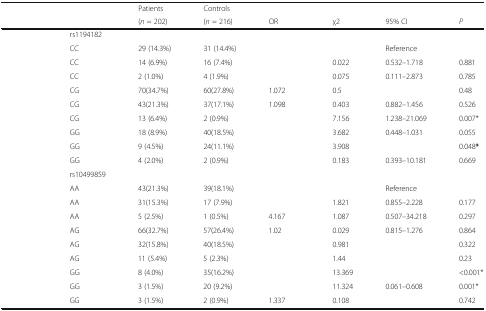
<table><thead><tr><td colspan="2" rowspan="2">[EMPTY_CELL]</td><td><b>Patients</b></td><td><b>Controls</b></td><td>[EMPTY_CELL]</td><td>[EMPTY_CELL]</td><td>[EMPTY_CELL]</td><td>[EMPTY_CELL]</td></tr><tr><td><b>(<i>n</i> = 202)</b></td><td><b>(<i>n</i> = 216)</b></td><td><b>OR</b></td><td><b>χ2</b></td><td><b>95% CI</b></td><td><b><i>P</i></b></td></tr></thead><tbody><tr><td>[EMPTY_CELL]</td><td>rs1194182</td><td colspan="6">[EMPTY_CELL]</td></tr><tr><td>[EMPTY_CELL]</td><td>CC</td><td>29 (14.3%)</td><td>31 (14.4%)</td><td>[EMPTY_CELL]</td><td>[EMPTY_CELL]</td><td>Reference</td><td>[EMPTY_CELL]</td></tr><tr><td>[EMPTY_CELL]</td><td>CC</td><td>14 (6.9%)</td><td>16 (7.4%)</td><td>[EMPTY_CELL]</td><td>0.022</td><td>0.532–1.718</td><td>0.881</td></tr><tr><td>[EMPTY_CELL]</td><td>CC</td><td>2 (1.0%)</td><td>4 (1.9%)</td><td>[EMPTY_CELL]</td><td>0.075</td><td>0.111–2.873</td><td>0.785</td></tr><tr><td>[EMPTY_CELL]</td><td>CG</td><td>70(34.7%)</td><td>60(27.8%)</td><td>1.072</td><td>0.5</td><td>[EMPTY_CELL]</td><td>0.48</td></tr><tr><td>[EMPTY_CELL]</td><td>CG</td><td>43(21.3%)</td><td>37(17.1%)</td><td>1.098</td><td>0.403</td><td>0.882–1.456</td><td>0.526</td></tr><tr><td>[EMPTY_CELL]</td><td>CG</td><td>13 (6.4%)</td><td>2 (0.9%)</td><td>[EMPTY_CELL]</td><td>7.156</td><td>1.238–21.069</td><td>0.007*</td></tr><tr><td>[EMPTY_CELL]</td><td>GG</td><td>18 (8.9%)</td><td>40(18.5%)</td><td>[EMPTY_CELL]</td><td>3.682</td><td>0.448–1.031</td><td>0.055</td></tr><tr><td>[EMPTY_CELL]</td><td>GG</td><td>9 (4.5%)</td><td>24(11.1%)</td><td>[EMPTY_CELL]</td><td>3.908</td><td>[EMPTY_CELL]</td><td>0.048<b>*</b></td></tr><tr><td>[EMPTY_CELL]</td><td>GG</td><td>4 (2.0%)</td><td>2 (0.9%)</td><td>[EMPTY_CELL]</td><td>0.183</td><td>0.393–10.181</td><td>0.669</td></tr><tr><td>[EMPTY_CELL]</td><td>rs10499859</td><td colspan="6">[EMPTY_CELL]</td></tr><tr><td>[EMPTY_CELL]</td><td>AA</td><td>43(21.3%)</td><td>39(18.1%)</td><td>[EMPTY_CELL]</td><td>[EMPTY_CELL]</td><td>Reference</td><td>[EMPTY_CELL]</td></tr><tr><td>[EMPTY_CELL]</td><td>AA</td><td>31(15.3%)</td><td>17 (7.9%)</td><td>[EMPTY_CELL]</td><td>1.821</td><td>0.855–2.228</td><td>0.177</td></tr><tr><td>[EMPTY_CELL]</td><td>AA</td><td>5 (2.5%)</td><td>1 (0.5%)</td><td>4.167</td><td>1.087</td><td>0.507–34.218</td><td>0.297</td></tr><tr><td>[EMPTY_CELL]</td><td>AG</td><td>66(32.7%)</td><td>57(26.4%)</td><td>1.02</td><td>0.029</td><td>0.815–1.276</td><td>0.864</td></tr><tr><td>[EMPTY_CELL]</td><td>AG</td><td>32(15.8%)</td><td>40(18.5%)</td><td>[EMPTY_CELL]</td><td>0.981</td><td>[EMPTY_CELL]</td><td>0.322</td></tr><tr><td>[EMPTY_CELL]</td><td>AG</td><td>11 (5.4%)</td><td>5 (2.3%)</td><td>[EMPTY_CELL]</td><td>1.44</td><td>[EMPTY_CELL]</td><td>0.23</td></tr><tr><td>[EMPTY_CELL]</td><td>GG</td><td>8 (4.0%)</td><td>35(16.2%)</td><td>[EMPTY_CELL]</td><td>13.369</td><td>[EMPTY_CELL]</td><td>&lt;0.001*</td></tr><tr><td>[EMPTY_CELL]</td><td>GG</td><td>3 (1.5%)</td><td>20 (9.2%)</td><td>[EMPTY_CELL]</td><td>11.324</td><td>0.061–0.608</td><td>0.001*</td></tr><tr><td>[EMPTY_CELL]</td><td>GG</td><td>3 (1.5%)</td><td>2 (0.9%)</td><td>1.337</td><td>0.108</td><td>[EMPTY_CELL]</td><td>0.742</td></tr></tbody></table>